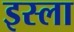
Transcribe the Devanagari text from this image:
इस्‍ला